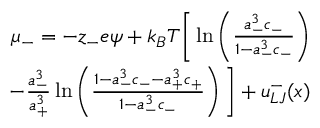
\begin{array} { r } { \mu _ { - } = - z _ { - } e \psi + k _ { B } T \Bigg [ \ln \left( { \frac { a _ { - } ^ { 3 } c _ { - } } { 1 - a _ { - } ^ { 3 } c _ { - } } } \right) } \\ { - \frac { a _ { - } ^ { 3 } } { a _ { + } ^ { 3 } } \ln \left( { \frac { 1 - a _ { - } ^ { 3 } c _ { - } - a _ { + } ^ { 3 } c _ { + } } { 1 - a _ { - } ^ { 3 } c _ { - } } } \right) \Bigg ] + u _ { L J } ^ { - } ( x ) } \end{array}